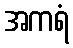
အကရံ